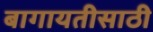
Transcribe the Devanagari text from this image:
बागायतीसाठी